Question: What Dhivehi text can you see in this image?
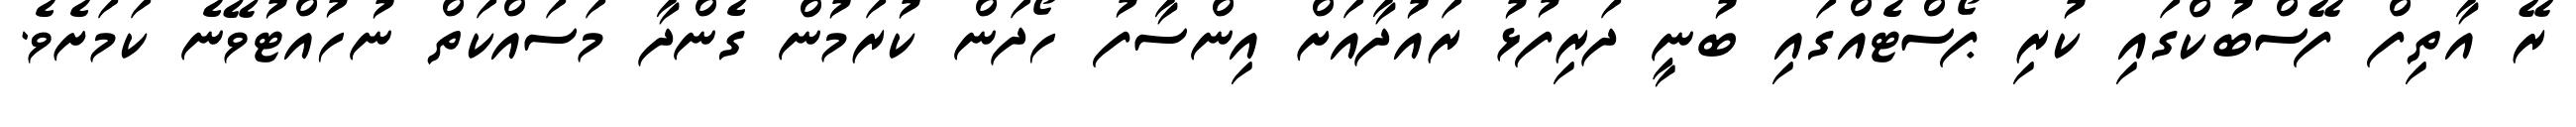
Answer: ރޭ އާތިފް ފޭސްބުކްގައި ކުރި ޕޯސްޓެއްގައި ބުނީ ދަރިފުޅު ރައުދާއަށް އިންސާފު ހޯދަން ކުރަމުން ގެންދާ މަސައްކަތް ނުހުއްޓުވޭނެ ކަމަށެވެ.